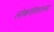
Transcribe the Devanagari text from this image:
लोकगीतातल्या